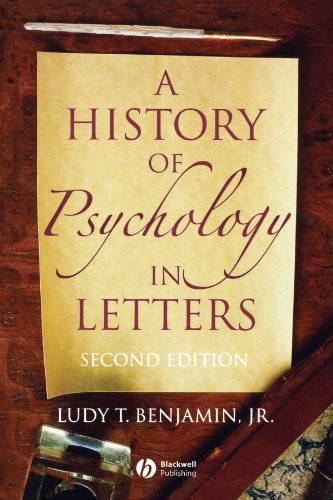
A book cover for A History of Psychology in Letters; Ludy T. Benjamin Jr.; Medical Books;